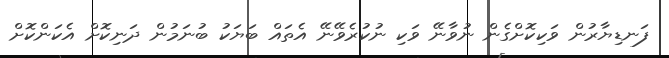
ފަނޑިޔާރުން ވަކިކޮށްގެން ނުވާނޭ ވަކި ނުކުރެވޭނޭ އެތައް ބަޔަކު ބުނަމުން ދަނިކޮށް އެކަންކޮށް